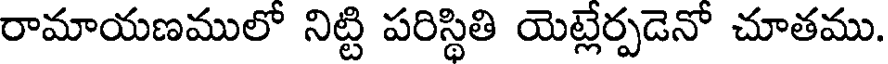
రామాయణములో నిట్టి పరిస్థితి యెట్లేర్పడెనో చూతము.